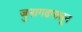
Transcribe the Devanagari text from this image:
जुनागढपासून